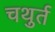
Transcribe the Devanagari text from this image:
चथुर्त